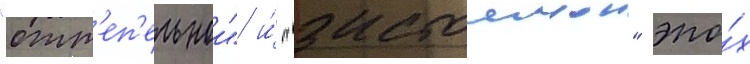
"отт'еп'ельнои" и́ "застоинои" эпо́х